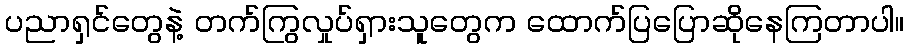
ပညာရှင်တွေနဲ့ တက်ကြွလှုပ်ရှားသူတွေက ထောက်ပြပြောဆိုနေကြတာပါ။